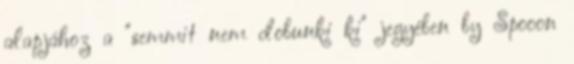
alapjához a "semmit nem dobunki ki" jegyében by Spooon